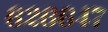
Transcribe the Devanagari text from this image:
६२६६४७